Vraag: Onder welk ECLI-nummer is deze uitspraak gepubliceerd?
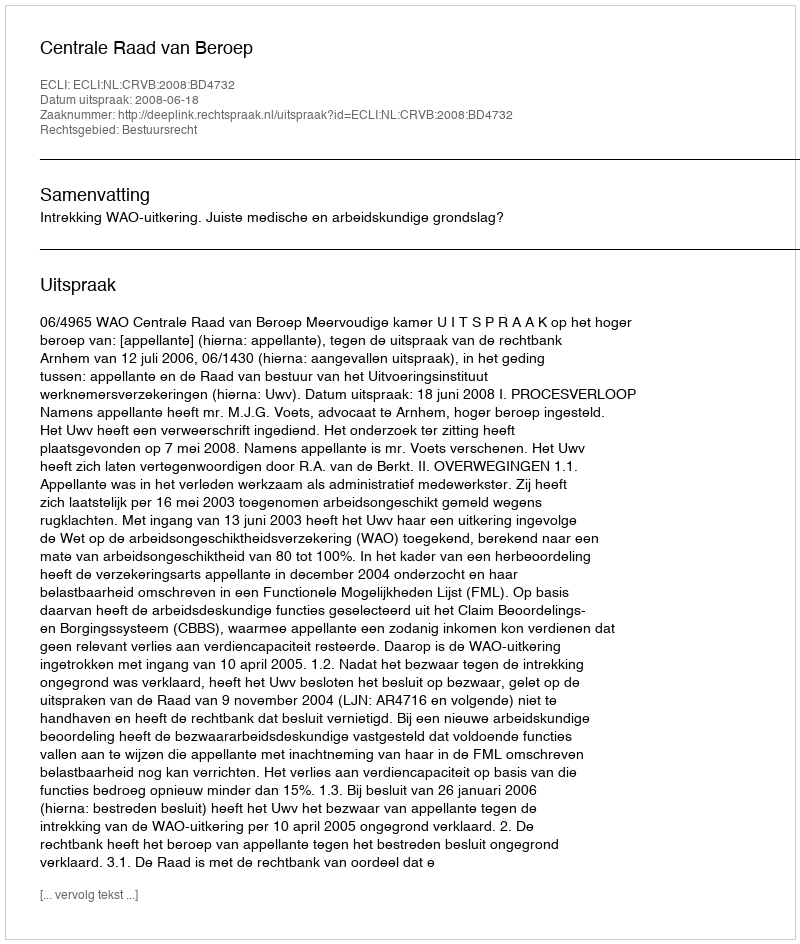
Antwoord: ECLI:NL:CRVB:2008:BD4732